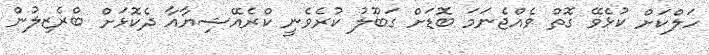
ހަލްކަށް ކުޅެވޭ ގޮތް ވެއްޖެނަމަ ބޮޑަށް ގަބޫލު ކުރެވެނީ ކްރެއޭޝިޔާއާ ދެކޮޅަށް ބްރެޒިލުން